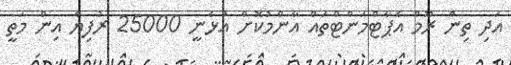
އަދި ތިން ރޫމް އެޕާޓްމަންޓްތައް އާންމުކޮށް އުޅެނީ 25000 ރުފިޔާ އިން މަތީ